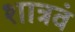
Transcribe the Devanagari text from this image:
शात्रवं